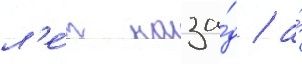
л'е́т наза́д / а́